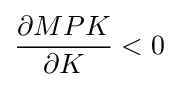
{\dfrac {\partial MPK}{\partial K}}<0